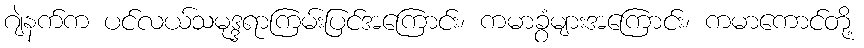
ဂျဲနက်က ပင်လယ်သမုဒ္ဒရာကြမ်းပြင်အကြောင်း၊ ကမာခွံများအကြောင်း၊ ကမာကောင်တို့